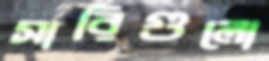
সারিগুলো